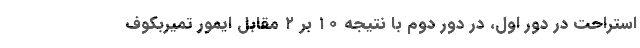
استراحت در دور اول، در دور دوم با نتیجه ۱۰ بر ۲ مقابل ایمور تمیربکوف